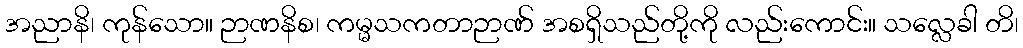
အညာနိ၊ ကုန်သော။ ဉာဏနိစ၊ ကမ္မသကတာဉာဏ် အစရှိသည်တို့ကို လည်းကောင်း။ သလ္လေခါ တိ၊